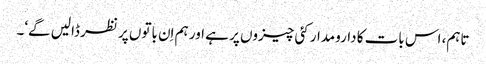
تاہم، اس بات کا دارومدار کئی چیزوں پر ہے اور ہم اِن باتوں پر نظر ڈالیں گے‘۔